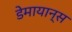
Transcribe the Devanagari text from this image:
डेमायान्स